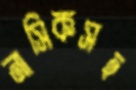
নাসিকসহ